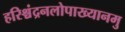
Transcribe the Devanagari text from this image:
हरिश्चंद्रनलोपाख्यानमु